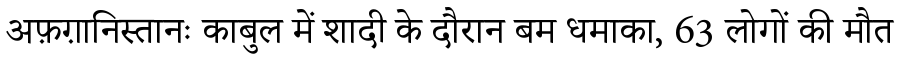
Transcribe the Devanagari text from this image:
अफ़ग़ानिस्तानः काबुल में शादी के दौरान बम धमाका, 63 लोगों की मौत